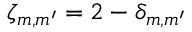
\zeta _ { m , m ^ { \prime } } = 2 - \delta _ { m , m ^ { \prime } }